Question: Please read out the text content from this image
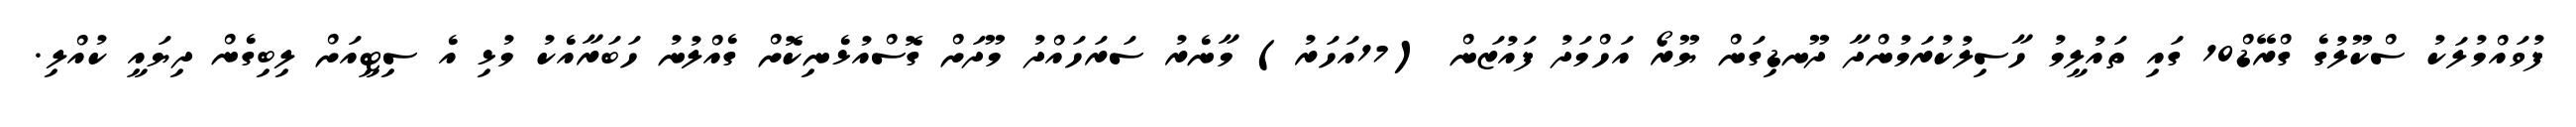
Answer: ފުވައްމުލަކު ސްކޫލުގެ ގްރޭޑް10 ގައި ތައުލީމު ހާސިލުކުރަމުންދާ ދޫނޑިގަން ޔޫރޯ އަހްމަދު ފައުޒަން (17އަހަރު) މާނެރު ސަރަހައްދު މޫދަށް ގޮސްއުޅެނިކޮށް ގެއްލުނު ހަބަރާއެކު މުޅި އެ ސިޓީއަށް ލިބިގެން ދިޔައީ ކުއްލި.